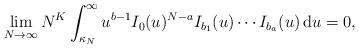
LaTeX: \begin{align*} \lim_{N \to\infty} N^K \int_{ \kappa_N}^{\infty} u^{b-1} I_0(u)^{N-a}I_{b_1}(u) \cdots I_{b_a}(u) \,\mathrm{d} u =0,\end{align*}